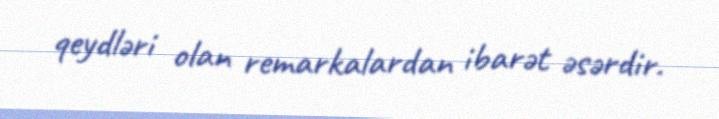
qeydləri olan remarkalardan ibarət əsərdir.